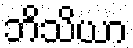
ဘိသိယာ